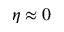
\eta \approx 0